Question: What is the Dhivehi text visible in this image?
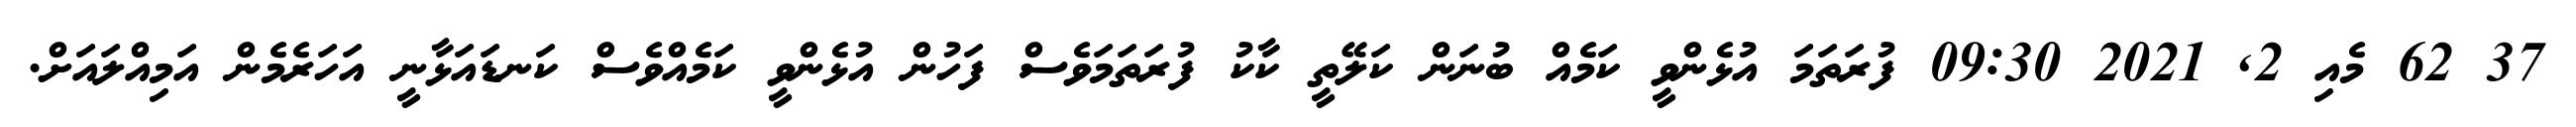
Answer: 37 62 މެއި 2, 2021 09:30 ފުރަތަމަ އުޅެންވީ ކަމެއް ބުނަން ކަލޭތީ ކާކު ފުރަތަމަވެސް ފަހުން އުޅެންވީ ކަމެއްވެސް ކަނޑައަޅާނީ އަހަރެމެން އަމިއްލައަށް.